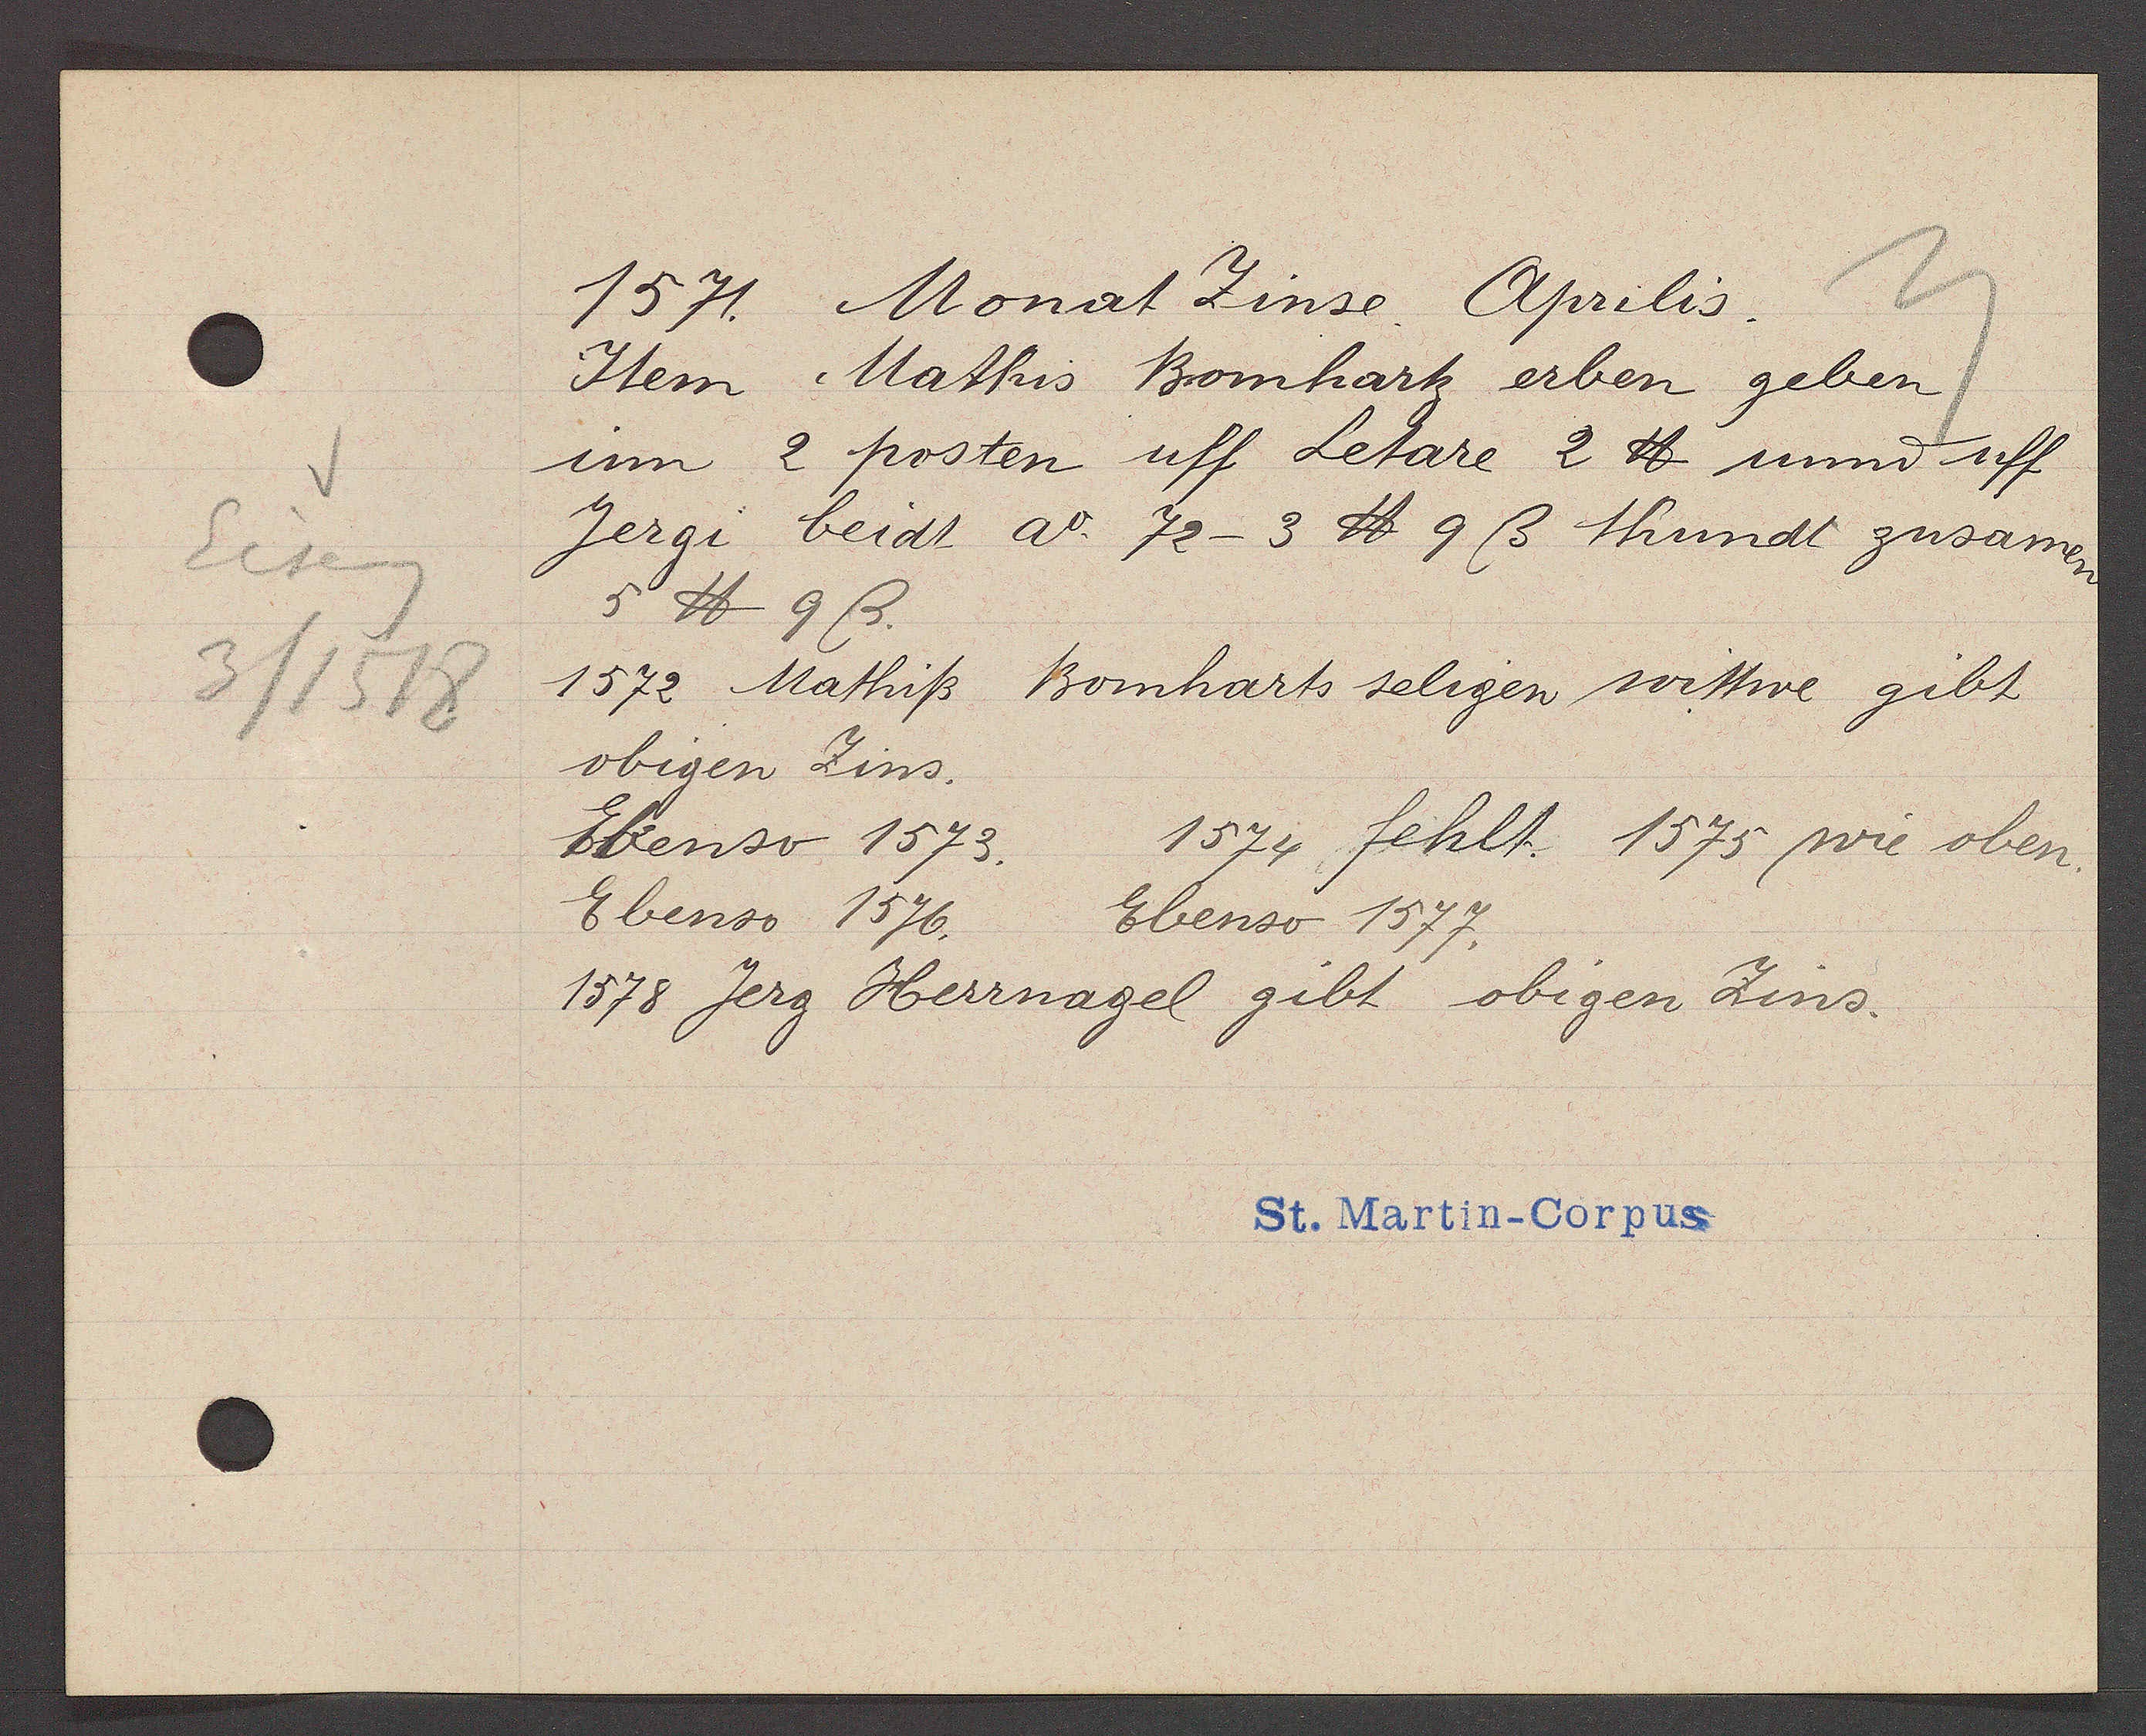
Transcript:
Eiseng
3/1518

1571. Monat Zinse Aprilis.

Item Mathis Bomhartz erben geben
im 2 posten uff Letare 2 ℔ unnd uff
Jergi beidt ao. 72-3 ℔ 9 ß thundt zusamen
5 ℔ 9ß.
1572 Mathiß Bomharts seligen wittwe gibt
obigen Zins.
Ebenso 1573.
1574 fehlt. 1575 wie oben.
Ebenso 1576. Ebenso 1577.
1578 Jerg Herrnagel gibt obigen Zins.

St. Martin-Corpus